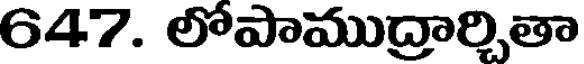
647. లోపాముద్రార్చితా